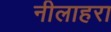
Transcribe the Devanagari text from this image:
नीलाहरा